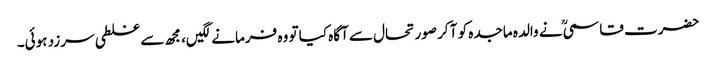
حضرت قاسمیؒ نے والدہ ماجدہ کو آ کر صورتحال سے آگاہ کیا تو وہ فرمانےلگیں، مجھ سے غلطی سرزد ہوئی۔